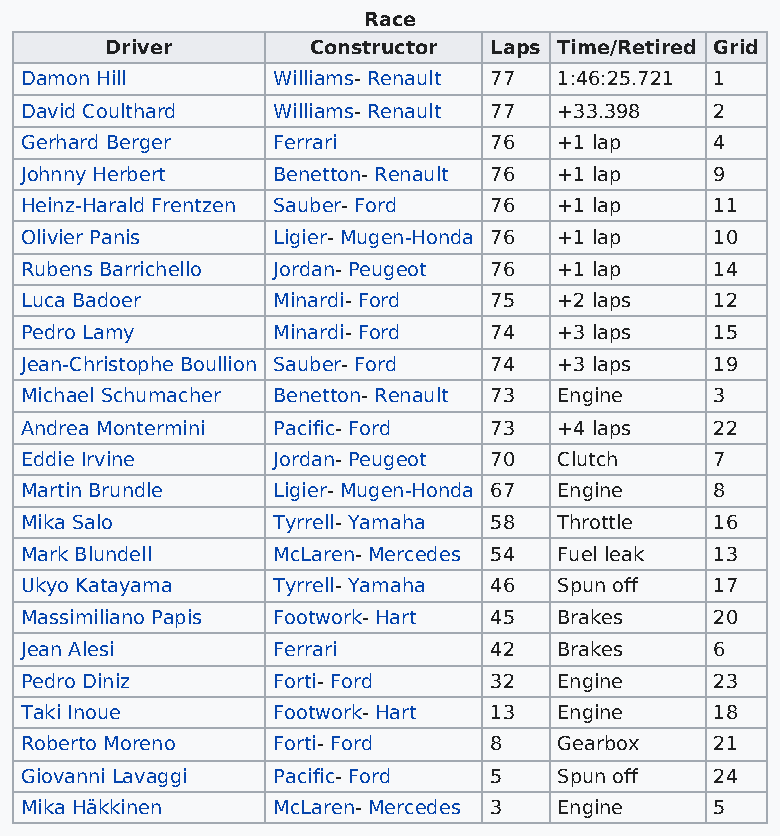
Race
 Driver       Constructor Laps Time/Retired Grid
 Damon Hill       Williams- Renault 77 1:46:25.721 1
 David Coulthard  Williams- Renault 77 +33.398 2
 Gerhard Berger   Ferrari       76   +1 lap    4
 Johnny Herbert   Benetton- Renault 76 +1 lap  9
 Heinz-Harald Frentzen Sauber- Ford 76 +1 lap  11
 Olivier Panis    Ligier- Mugen-Honda 76 +1 lap 10
 Rubens Barrichello Jordan- Peugeot 76 +1 lap  14
 Luca Badoer      Minardi- Ford 75   +2 laps   12
 Pedro Lamy       Minardi- Ford 74   +3 laps   15
 Jean-Christophe Boullion Sauber- Ford 74 +3 laps 19
 Michael Schumacher Benetton- Renault 73 Engine 3
 Andrea Montermini Pacific- Ford 73  +4 laps   22
 Eddie Irvine     Jordan- Peugeot 70 Clutch    7
 Martin Brundle   Ligier- Mugen-Honda 67 Engine 8
 Mika Salo        Tyrrell- Yamaha 58 Throttle  16
 Mark Blundell    McLaren- Mercedes 54 Fuel leak 13
 Ukyo Katayama    Tyrrell- Yamaha 46 Spun off  17
 Massimiliano Papis Footwork- Hart 45 Brakes   20
 Jean Alesi       Ferrari       42   Brakes    6
 Pedro Diniz      Forti- Ford   32   Engine    23
 Taki Inoue       Footwork- Hart 13  Engine    18
 Roberto Moreno   Forti- Ford   8    Gearbox   21
 Giovanni Lavaggi Pacific- Ford 5    Spun off  24
 Mika Häkkinen    McLaren- Mercedes 3 Engine   5